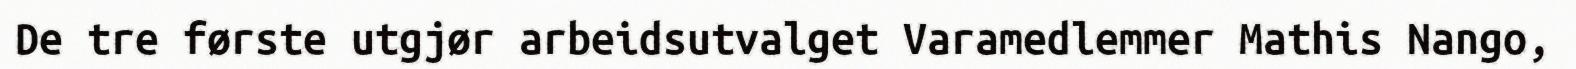
De tre første utgjør arbeidsutvalget Varamedlemmer Mathis Nango,